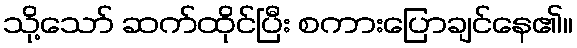
သို့သော် ဆက်ထိုင်ပြီး စကားပြောချင်နေ၏။